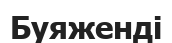
Буяженді